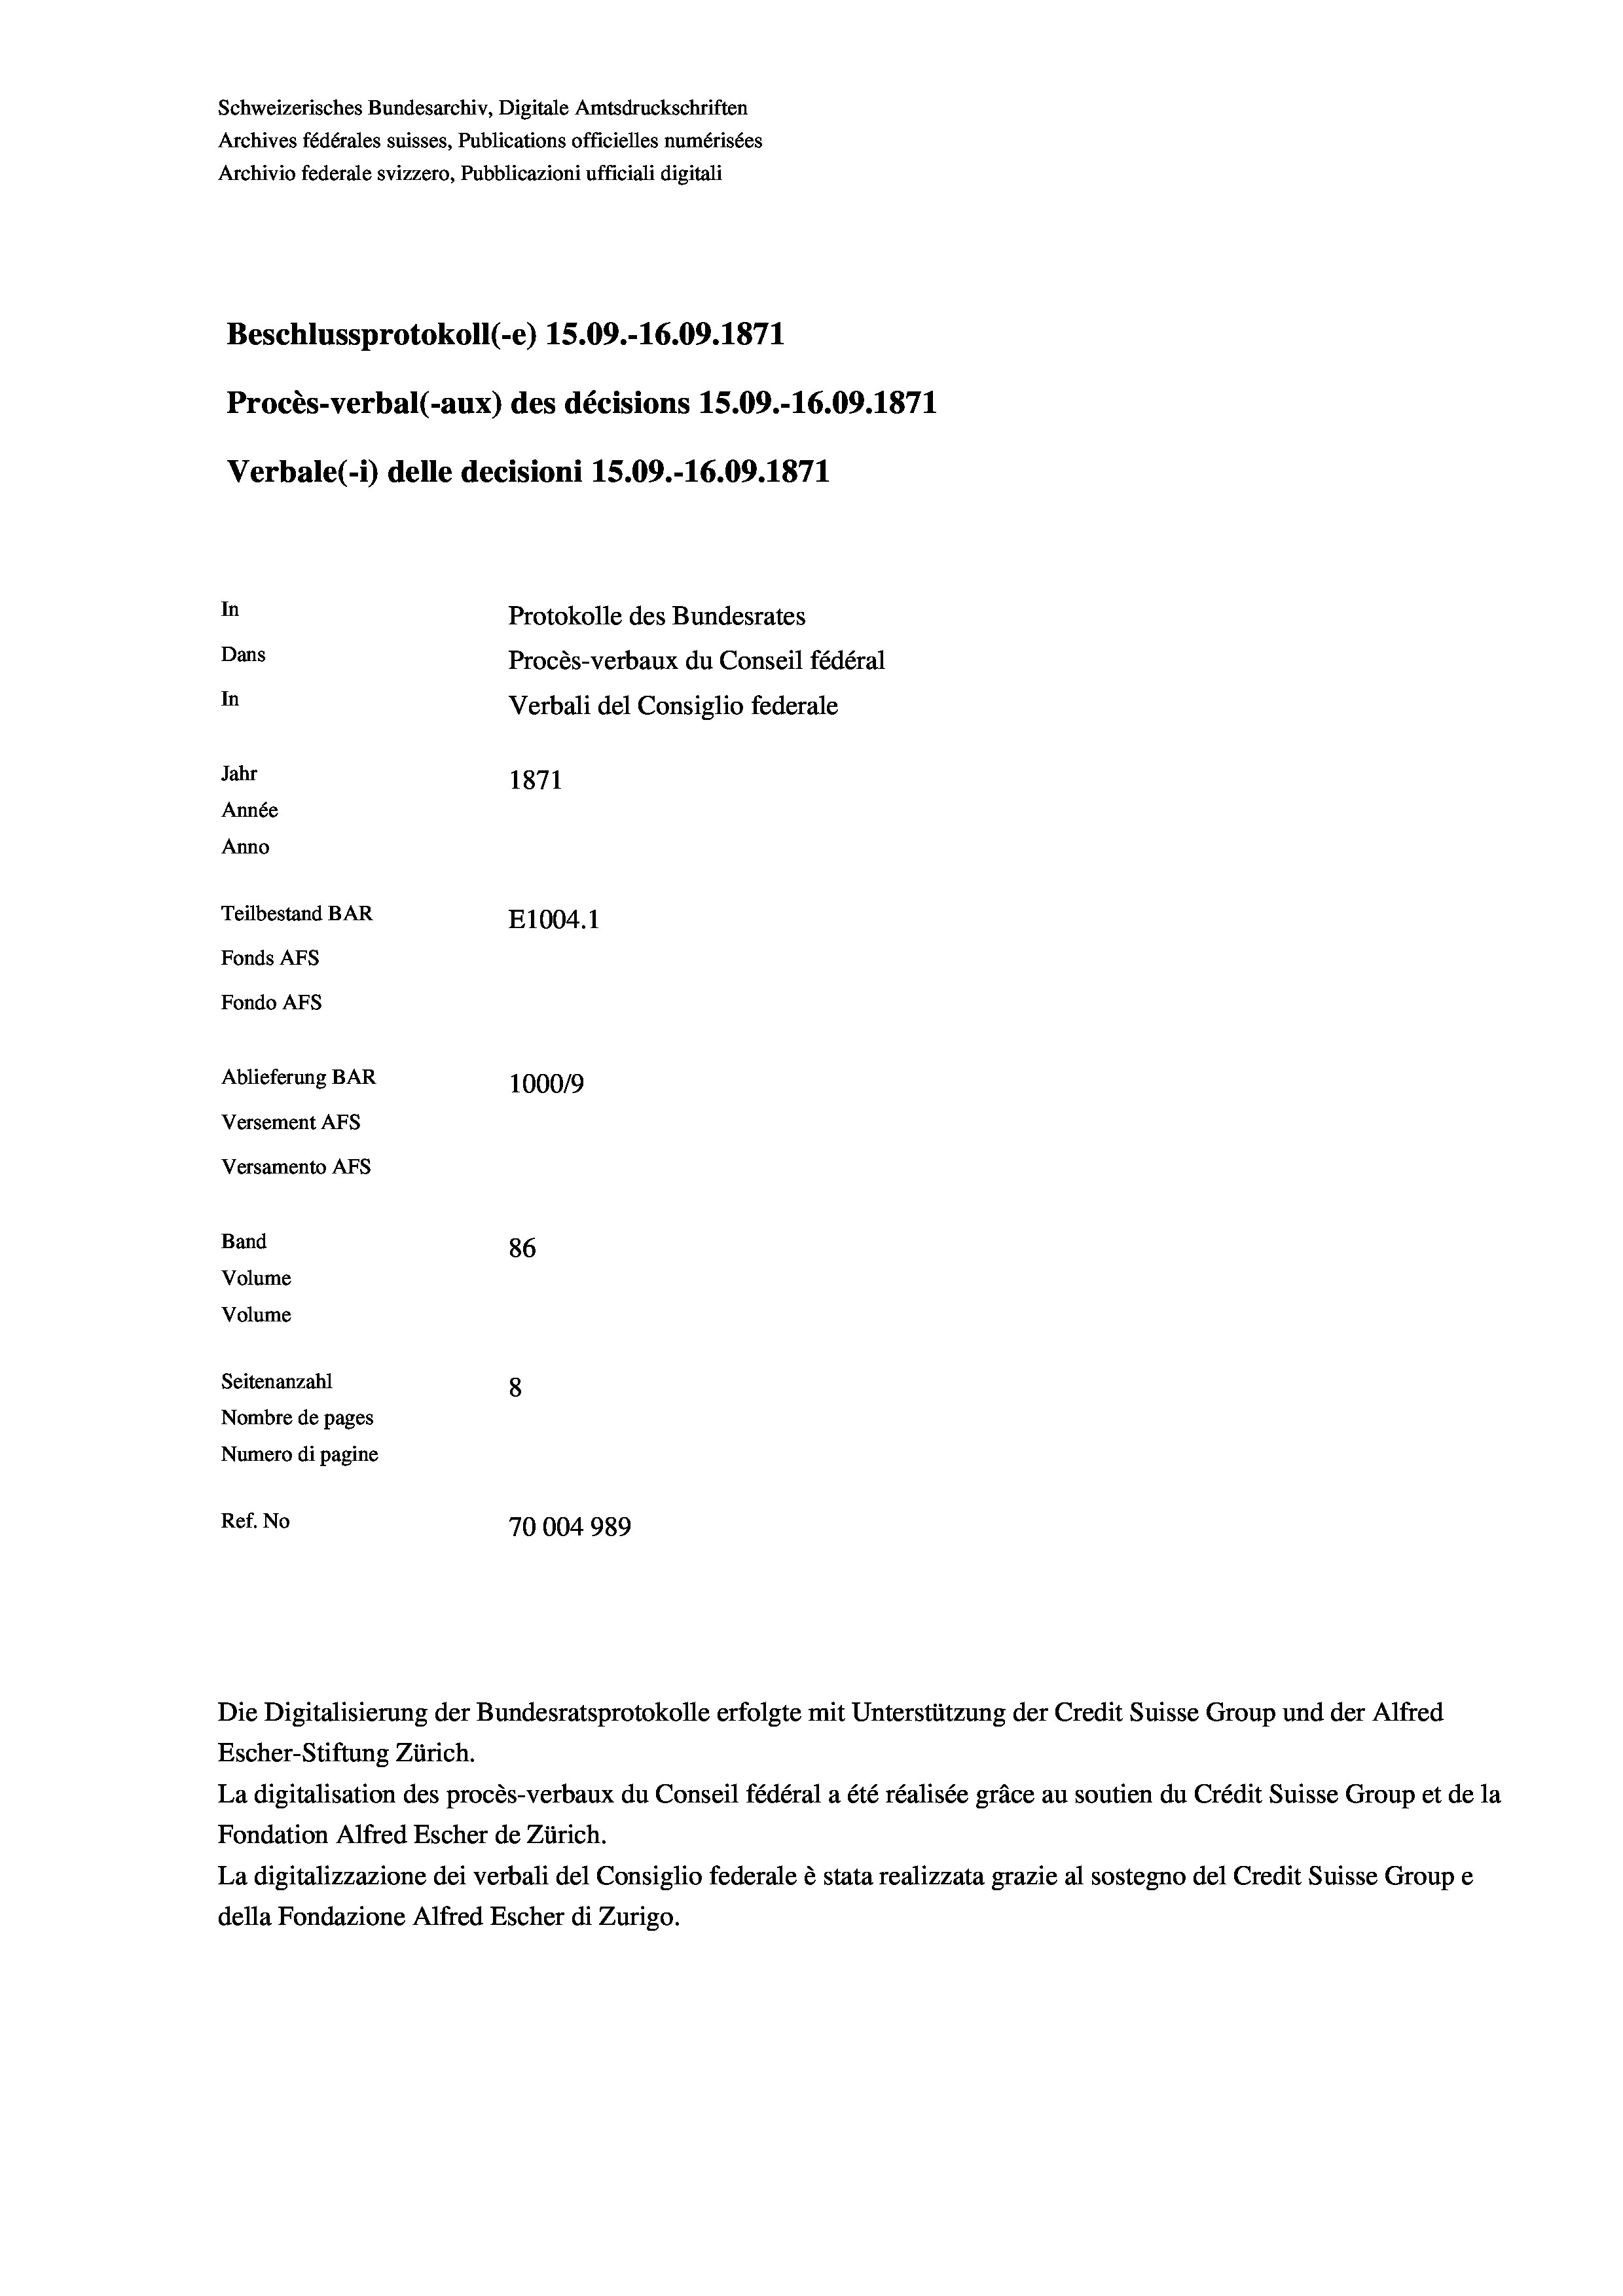
Schweizerisches Bundesarchiv, Digitale Amtsdruckschriften
Archives fédérales suisses, Publications officielles numérisées
Archivio federale svizzero, Pubblicazioni ufficiali digitali
Beschlussprotokoll (-e) 15.09.-16.09. 1871
Procès-verbal (-aux) des décisions 15.09.-16.09. 1871
Verbale(-*) delle decisioni 15.09.-16.09. 1871
In
Protokolle des Bundesrates
Dans
Procès-verbaux du Conseil fédéral
In
Verbali del Consiglio federale
Jahr
1871
Année
Anno
Teilbestand BAR
E1004. 1
Fonds AFs
Fondo Afs
Ablieferung BAR
100019
Versement AFs
Versamento AFs
Band
86
Volume
Volume
Seitenanzahl
8
Nombre de pages
Numero di pagine
Ref. No
70004989

Escher-Stiftung Zürich.
La digitalisation des procès-verbaux du Conseil fédéral a été réalisée gräce au soutien du Crédit Suisse Group et de la
Fondation Alfred Escher de Zürich.
La digitalizzazione dei verbali del Consiglio federale è stata realizzata grazie al sostegno del Credit Suisse Groupe
della Fondazione Alfred Escher di Zurigo.

Die Digitalisierung der Bundesratsprotokolle erfolgte mit Unterstützung der Credit Suisse Group und der Alfred